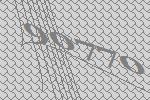
90770